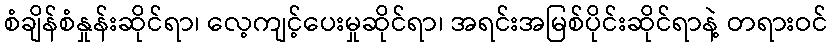
စံချိန်စံနှုန်းဆိုင်ရာ၊ လေ့ကျင့်ပေးမှုဆိုင်ရာ၊ အရင်းအမြစ်ပိုင်းဆိုင်ရာနဲ့ တရားဝင်